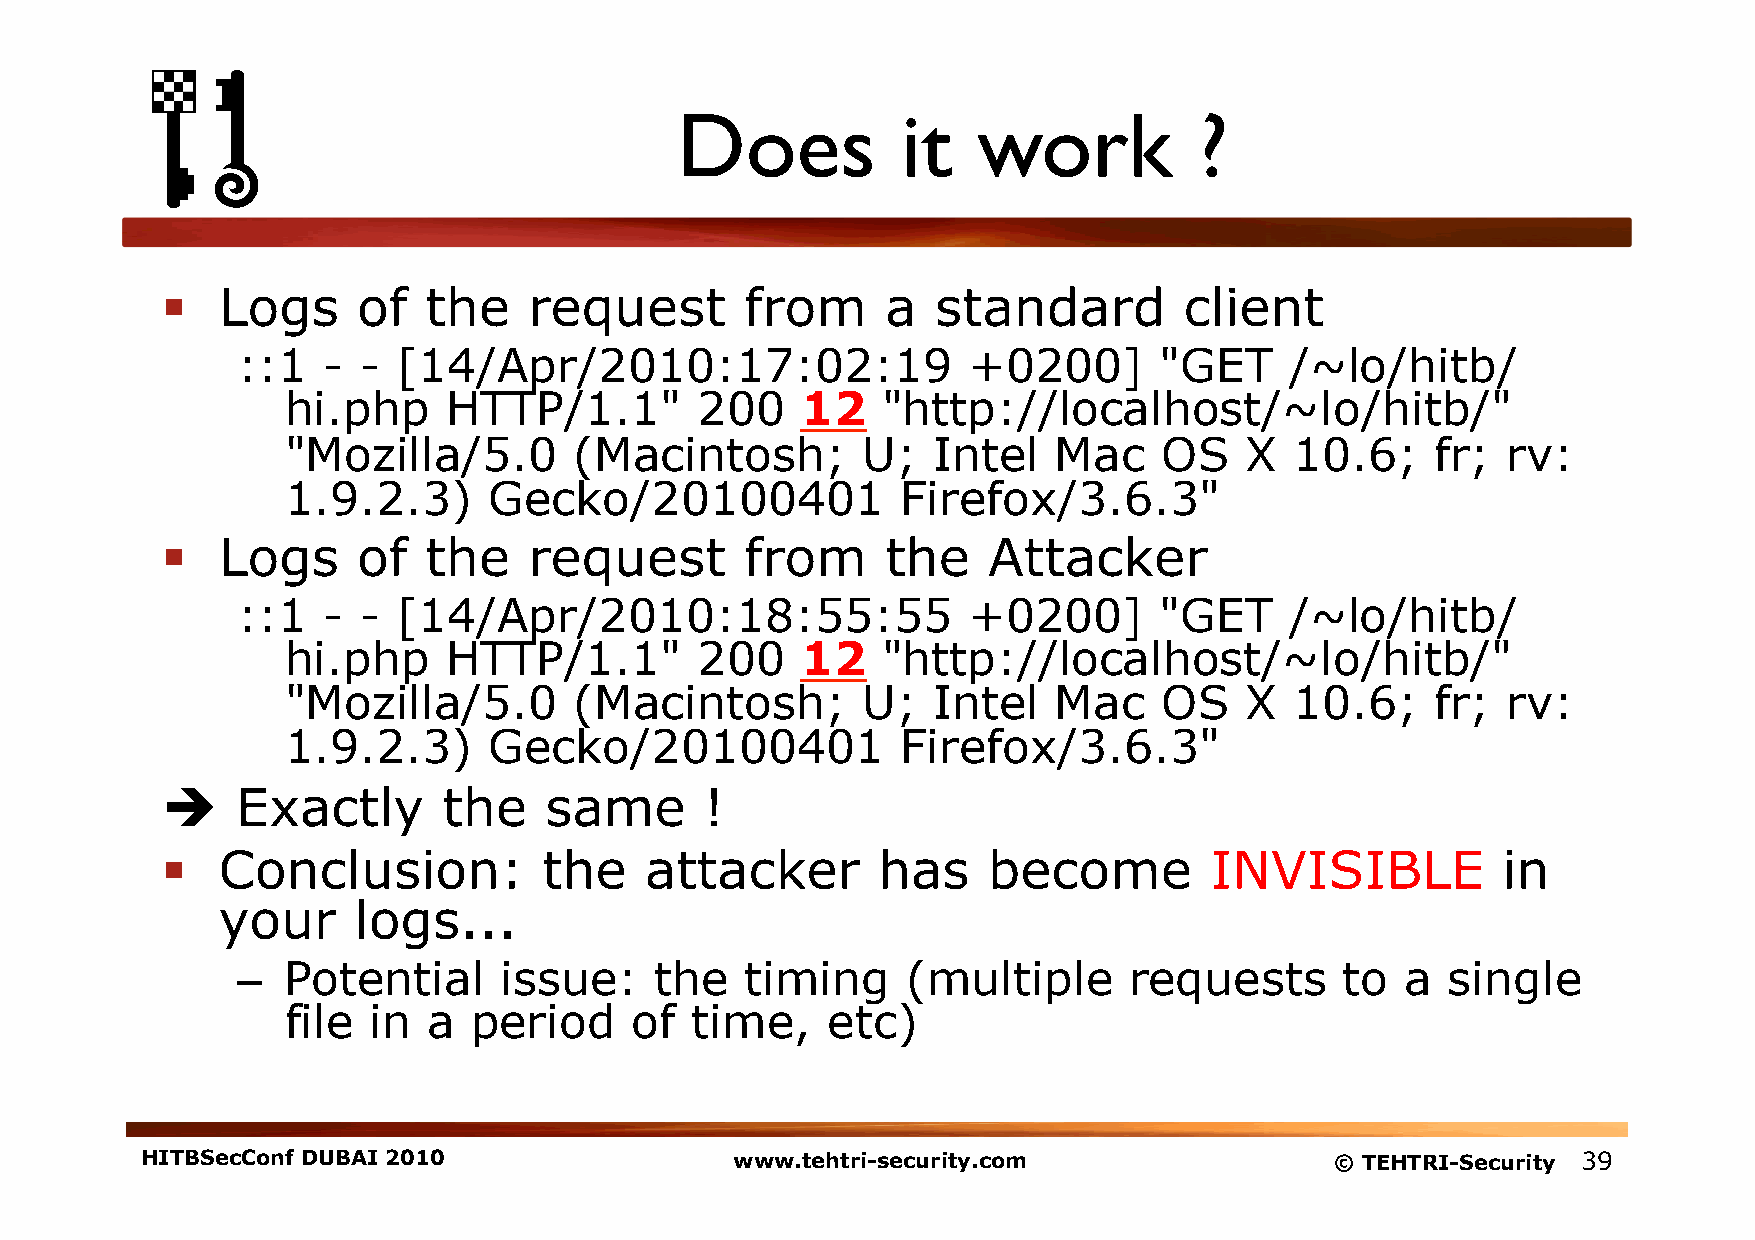
Does           it   work          ?
   Logs      of  the    request       from      a  standard        client
 ::1  -  - [14/Apr/2010:17:02:19                 +0200]       "GET    /~lo/hitb/
 hi.php     HTTP/1.1"       200    12   "http://localhost/~lo/hitb/"
 "Mozilla/5.0       (Macintosh;        U;   Intel   Mac    OS   X   10.6;    fr;  rv:
 1.9.2.3)     Gecko/20100401              Firefox/3.6.3"
   Logs      of  the    request       from      the   Attacker
 ::1  -  - [14/Apr/2010:18:55:55                 +0200]       "GET    /~lo/hitb/
 hi.php     HTTP/1.1"       200    12   "http://localhost/~lo/hitb/"
 "Mozilla/5.0       (Macintosh;        U;   Intel   Mac    OS   X   10.6;    fr;  rv:
 1.9.2.3)     Gecko/20100401              Firefox/3.6.3"
     Exactly      the    same       !
   Conclusion:           the    attacker       has    become         INVISIBLE          in
 your     logs...
 –  Potential     issue:    the   timing     (multiple      requests      to  a  single
 file in  a  period     of  time,    etc)
 HITBSecConf DUBAI 2010                  www.tehtri-security.com                © TEHTRI-Security 39